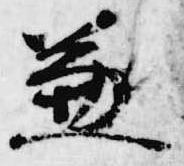
兼